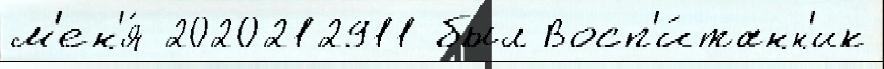
м'ен'я́ 2020212911 был Восп'и́танн'ик